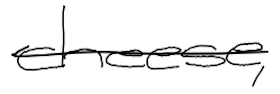
Text: cheese,
Cross-out: single-line
Writing tool: digital_black